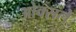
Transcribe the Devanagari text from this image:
ओक्सले